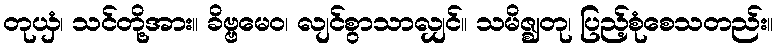
တုယှံ၊ သင်တို့အား။ ခိဗ္ဗမေဝ၊ လျင်စွာသာလျှင်။ သမိဇ္ဈတု၊ ပြည့်စုံစေသတည်း။